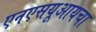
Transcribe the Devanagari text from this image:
एनएसयूआयचा